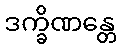
ဒက္ခိဏန္တေ